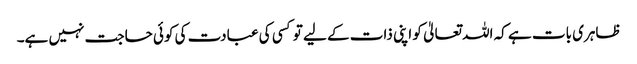
ظاہری بات ہے کہ اللہ تعالیٰ کو اپنی ذات کے لیے تو کسی کی عبادت کی کوئی حاجت نہیں ہے۔